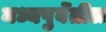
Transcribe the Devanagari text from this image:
मध्यपुर्वेतील